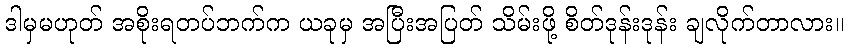
ဒါမှမဟုတ် အစိုးရတပ်ဘက်က ယခုမှ အပြီးအပြတ် သိမ်းဖို့ စိတ်ဒုန်းဒုန်း ချလိုက်တာလား။